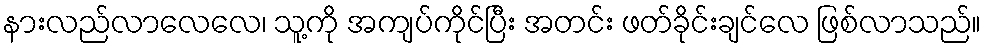
နားလည်လာလေလေ၊ သူ့ကို အကျပ်ကိုင်ပြီး အတင်း ဖတ်ခိုင်းချင်လေ ဖြစ်လာသည်။